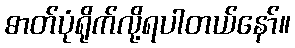
ဓာတ်ပုံရိုက်လို့ရပါတယ်နော်။